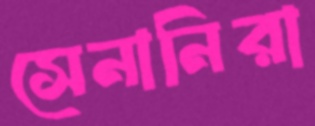
সেনানিরা